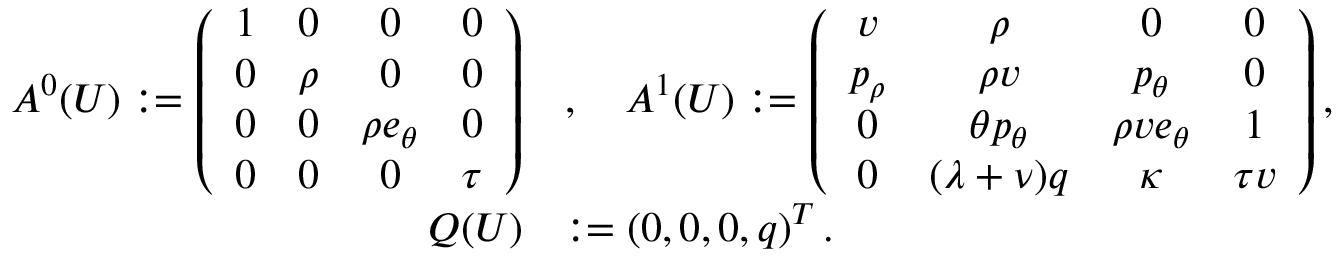
\begin{array} { r l } { A ^ { 0 } ( U ) : = \left( \begin{array} { c c c c } { 1 } & { 0 } & { 0 } & { 0 } \\ { 0 } & { \rho } & { 0 } & { 0 } \\ { 0 } & { 0 } & { \rho e _ { \theta } } & { 0 } \\ { 0 } & { 0 } & { 0 } & { \tau } \end{array} \right) } & { , \quad A ^ { 1 } ( U ) : = \left( \begin{array} { c c c c } { v } & { \rho } & { 0 } & { 0 } \\ { p _ { \rho } } & { \rho v } & { p _ { \theta } } & { 0 } \\ { 0 } & { \theta p _ { \theta } } & { \rho v e _ { \theta } } & { 1 } \\ { 0 } & { ( \lambda + \nu ) q } & { \kappa } & { \tau v } \end{array} \right) , } \\ { Q ( U ) } & { : = \left( 0 , 0 , 0 , q \right) ^ { T } . } \end{array}